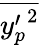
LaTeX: \overline{{{y_{p}^{\prime}}^{2}}}